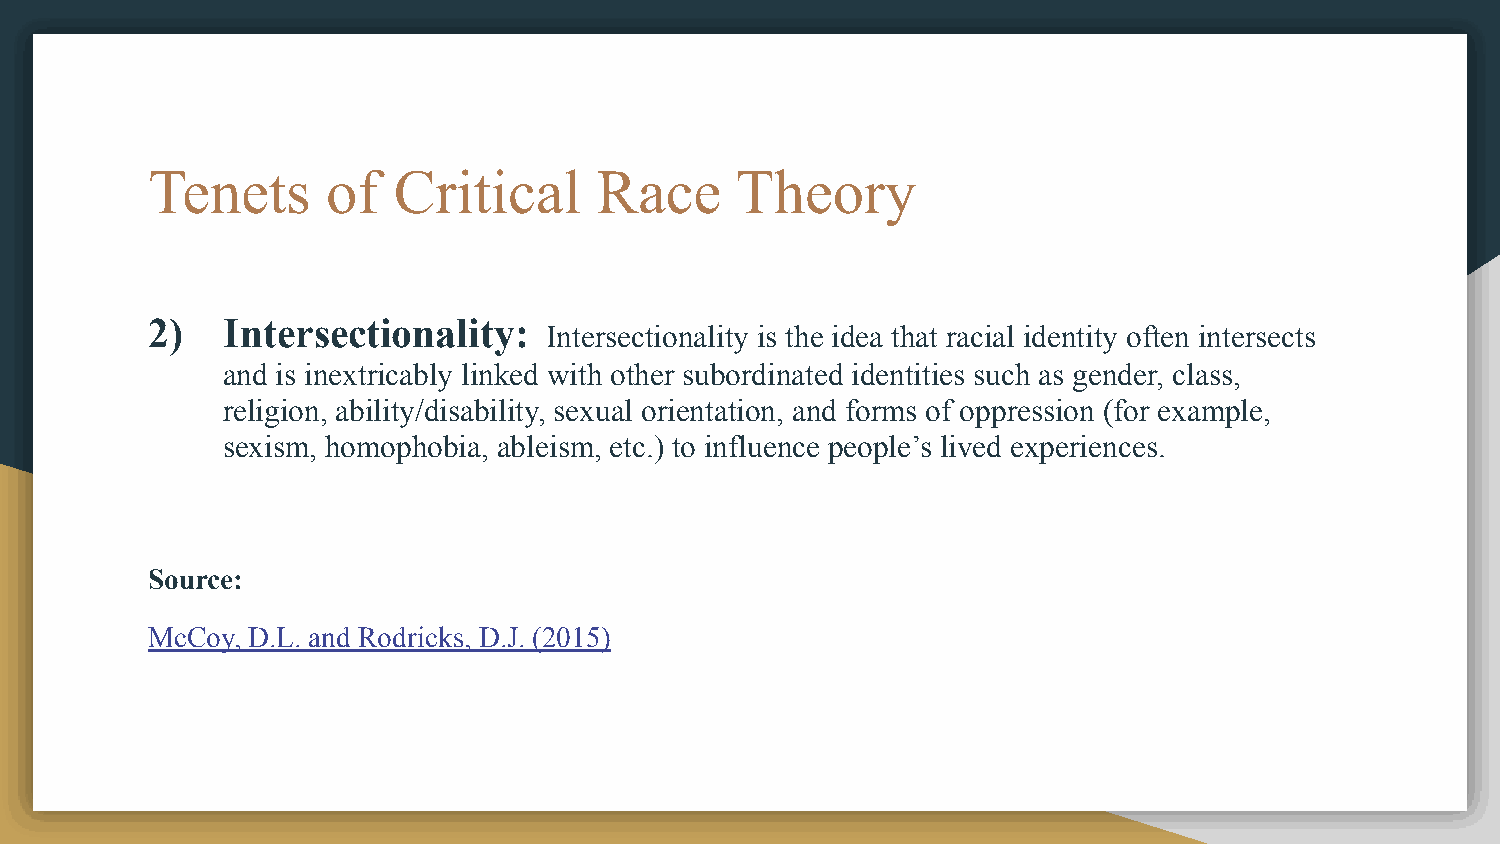
Tenets      of  Critical     Race      Theory
 2)   Intersectionality:
 Intersectionality is the idea that racial identity often intersects
 and is inextricably linked with other subordinated identities such as gender, class,
 religion, ability/disability, sexual orientation, and forms of oppression (for example,
 sexism, homophobia, ableism, etc.) to influence people’s lived experiences.
 Source:
 McCoy, D.L. and Rodricks, D.J. (2015)